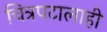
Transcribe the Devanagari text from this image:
चित्रपटालाही